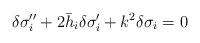
LaTeX: \begin{align*}\delta\sigma_i''+2\bar{h}_i\delta\sigma_i' + k^2\delta\sigma_i= 0\end{align*}